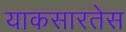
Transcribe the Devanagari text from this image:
याकसारतेस